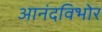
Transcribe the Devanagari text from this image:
आनंदविभोर